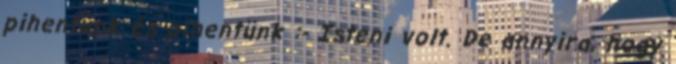
pihentünk és pihentünk :- Isteni volt. De annyira, hogy